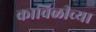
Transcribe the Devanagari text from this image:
काविळीच्या